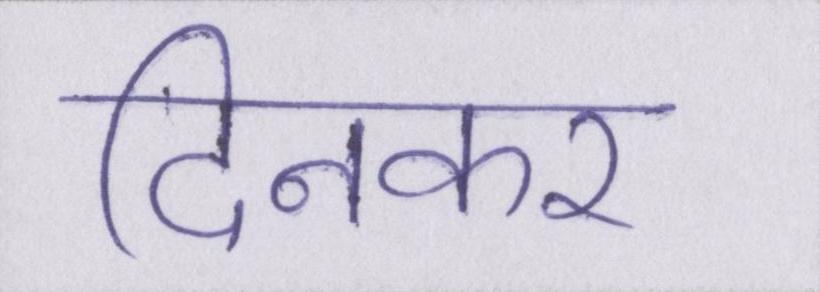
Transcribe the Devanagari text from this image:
दिनकर